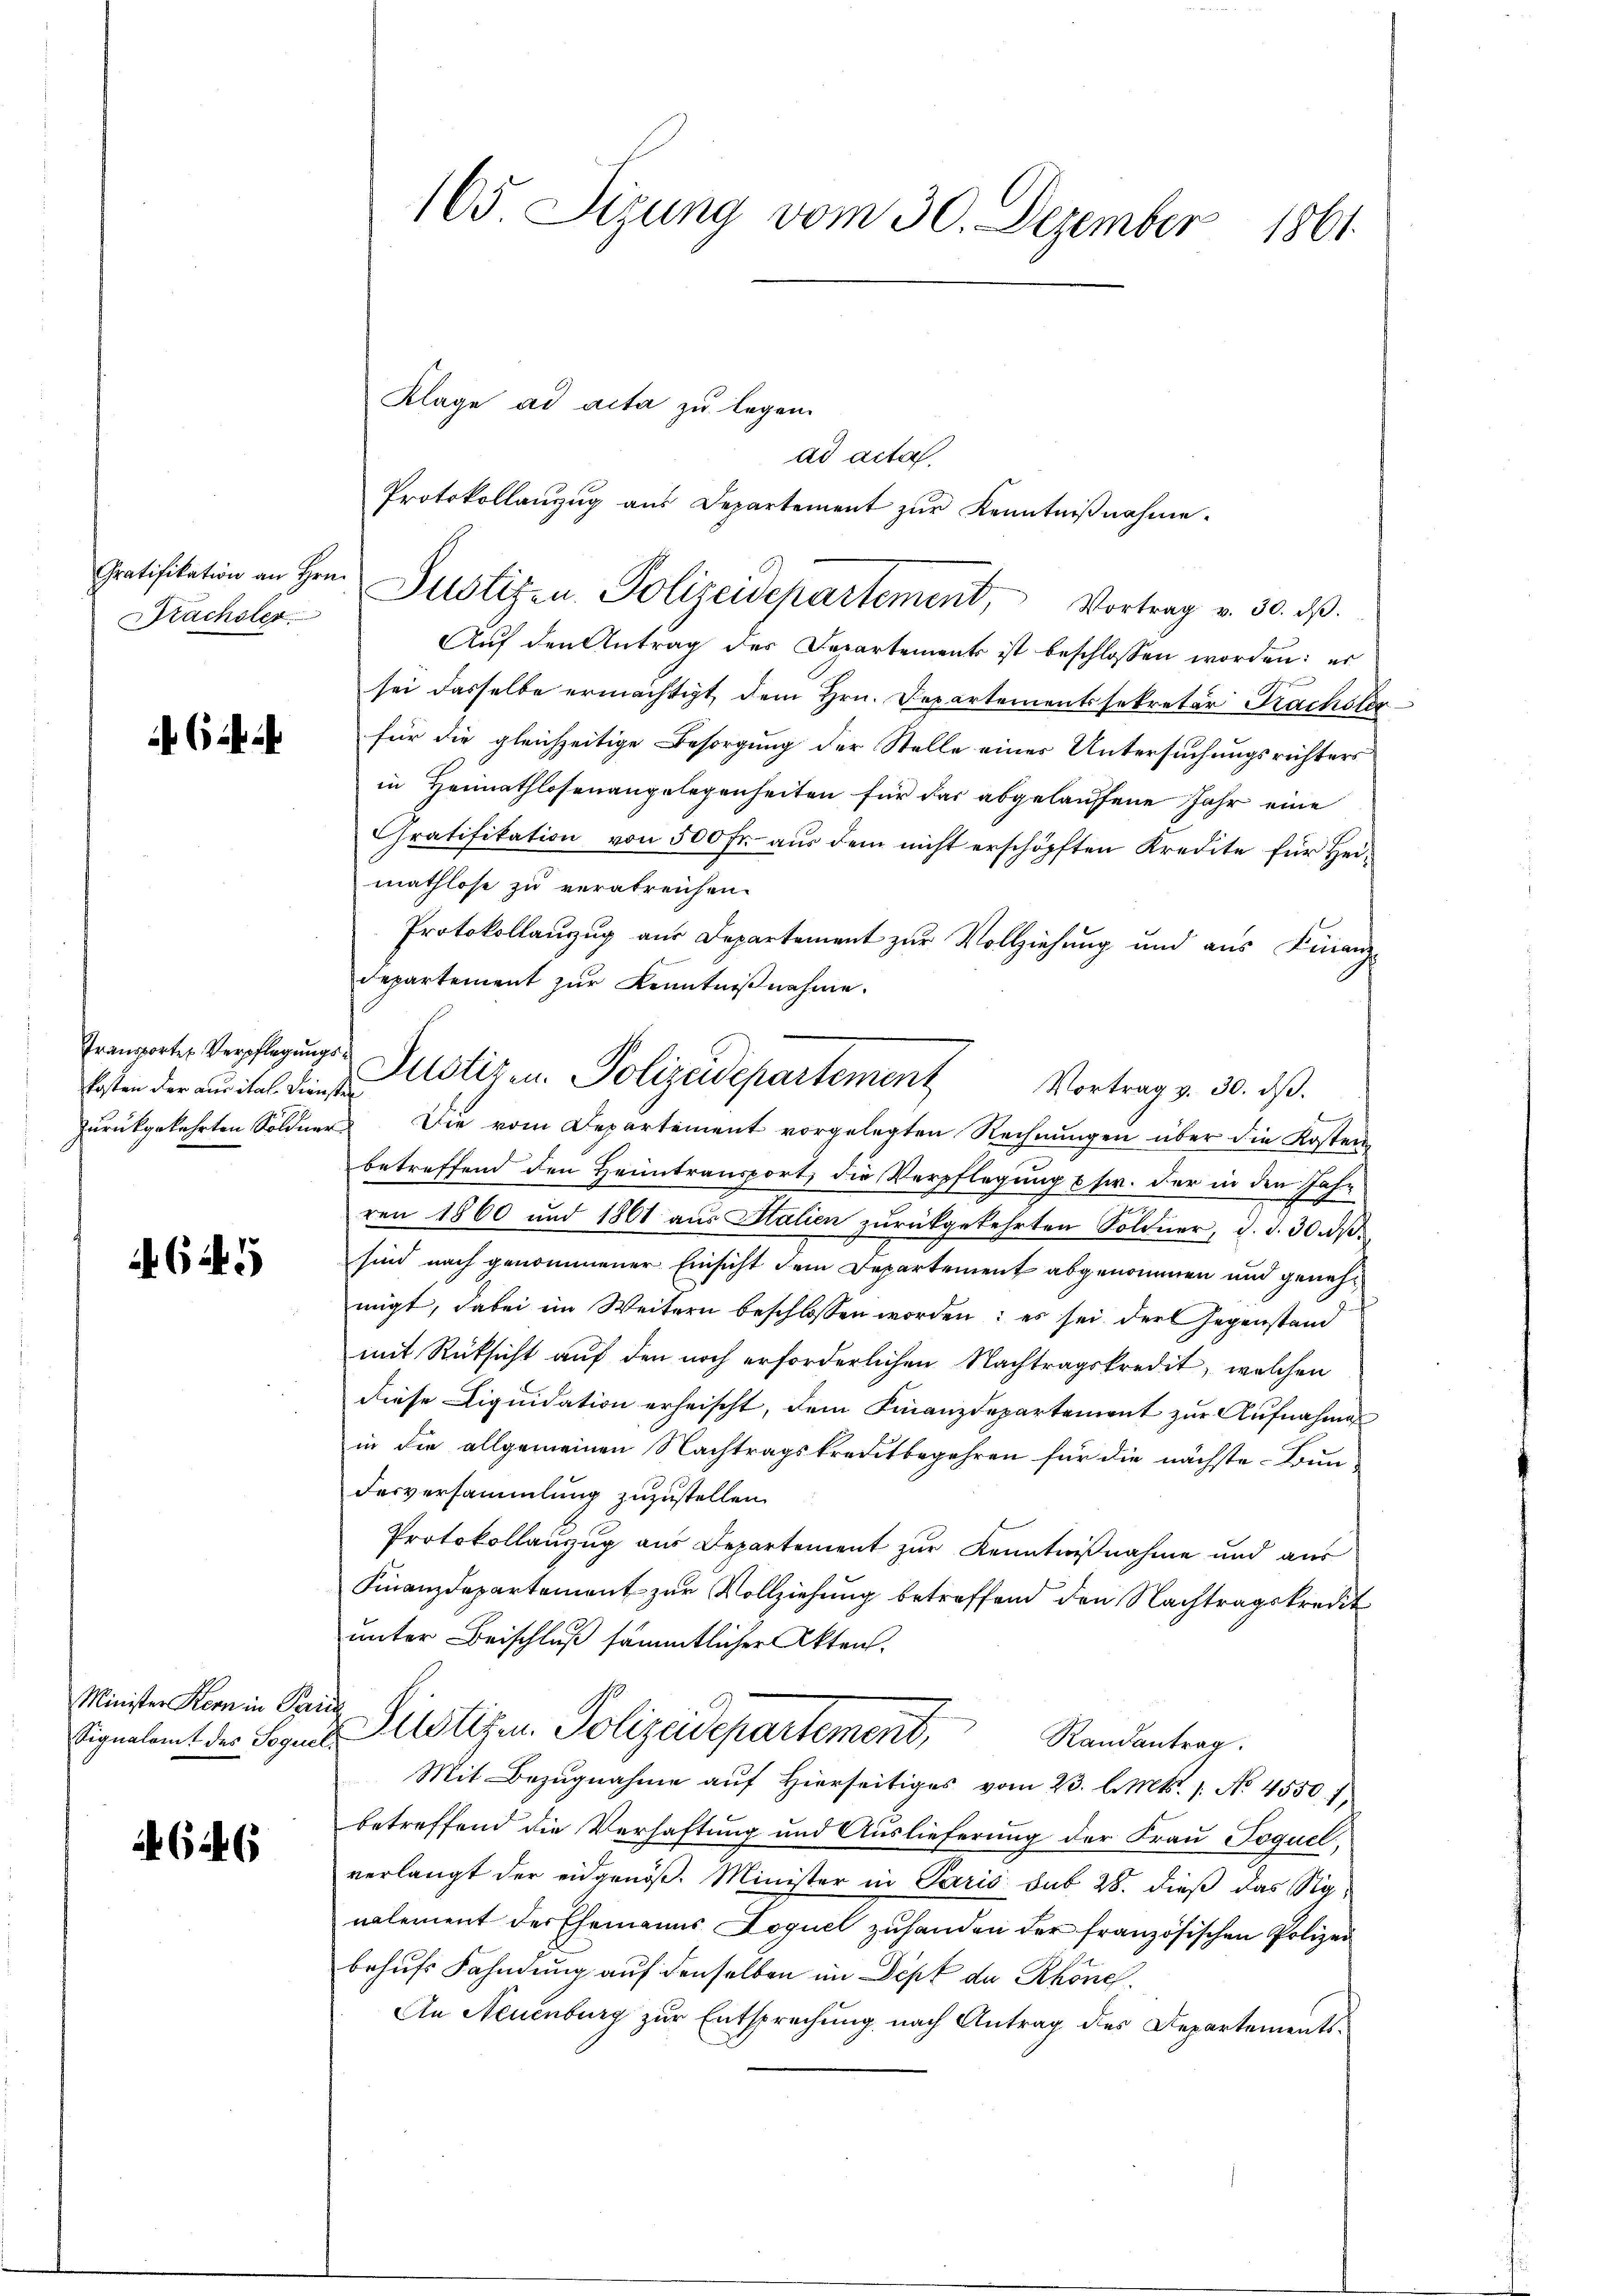
Kachster.

6

kosten der aus ital. Diensten

645

Minister Kern in Paris
Signalamt des Soquer

646

165. Sizung vom 30. Dezember 1861.

Klage ad acta zu legen.
ad acta.
Protokollanzug aus Departement zŭr Kenntniβnahme.
Aŭf den Antrag des Departements ist beschlossen worden: es
sei dasselbe ermächtigt, dem Hrn. Departementssekretär Prachsler
für die gleichzeitige Besorgung der Stelle einer Untersuchungsrichters
in Heimathlosenangelegenheiten für das abgelaufene Jahr eine
Gratifikation von 500 Fr. aus dem nicht erschöpften Kredite für Heimathlose zu verabreichen.
Protokollaŭzŭg aŭs Departement zŭr Vollziehung und aŭs Finanz-
departement zur Kenntnißnahme.
zurückgekehrten Söldners Die vom Departement vorgelegten Rechnungen über die Kosten
betreffend den Heimtransport, die Verpflegung etc. der in den Jah-
ren 1860 und 1861 aus Stalien zurückgekehrten Söldner, d. d. 30 s
sind nach genommener Einsicht dem Departement abgenommen und genehmigt, dabei im Weitern beschlossen worden; es sei der Gegenstand
mit Rüksicht auf den noch erforderlichen Nachtragskredit, welchen
diese Liquidation erheischt, dem Finanzdepartement zur Aufnahmen
in die allgemeinen Nachtragskreditbegehren für die nächste Bun-
Fesversammlung zuzustellen.
Protokollauzug aus Departement zur Kenntnißnahme und aus
Finanzdepartement zur Vollziehung betreffend den Nachtragskredit
unter Beischluß sämmtlicher Akten.
Sistige Polizeidepartement, Randantrag
Mit Bezugnahme auf hierseitiges vom 23. l. Mts. 1. No. 4550. 1
betreffend die Verhaftung und Auslieferung der Frau Joquel
verlangt der eidgenöß. Minister in Paris sub 28. dieß das Signalement der Ehemanns Loquel zuhanden der französischen Polizei
behufs Fahndung auf denselben im Dept de Rhone.
An Neuenburg zur Entsprechung nach Antrag des Departements¬

Gratifikation an Hrn. Justizen Polizeidepartement, Vortrag v. 30. dβ.

Pranporter Verpflegŭngs- Plotizen. Polizeidepartement Vortrag v. 30. ds.